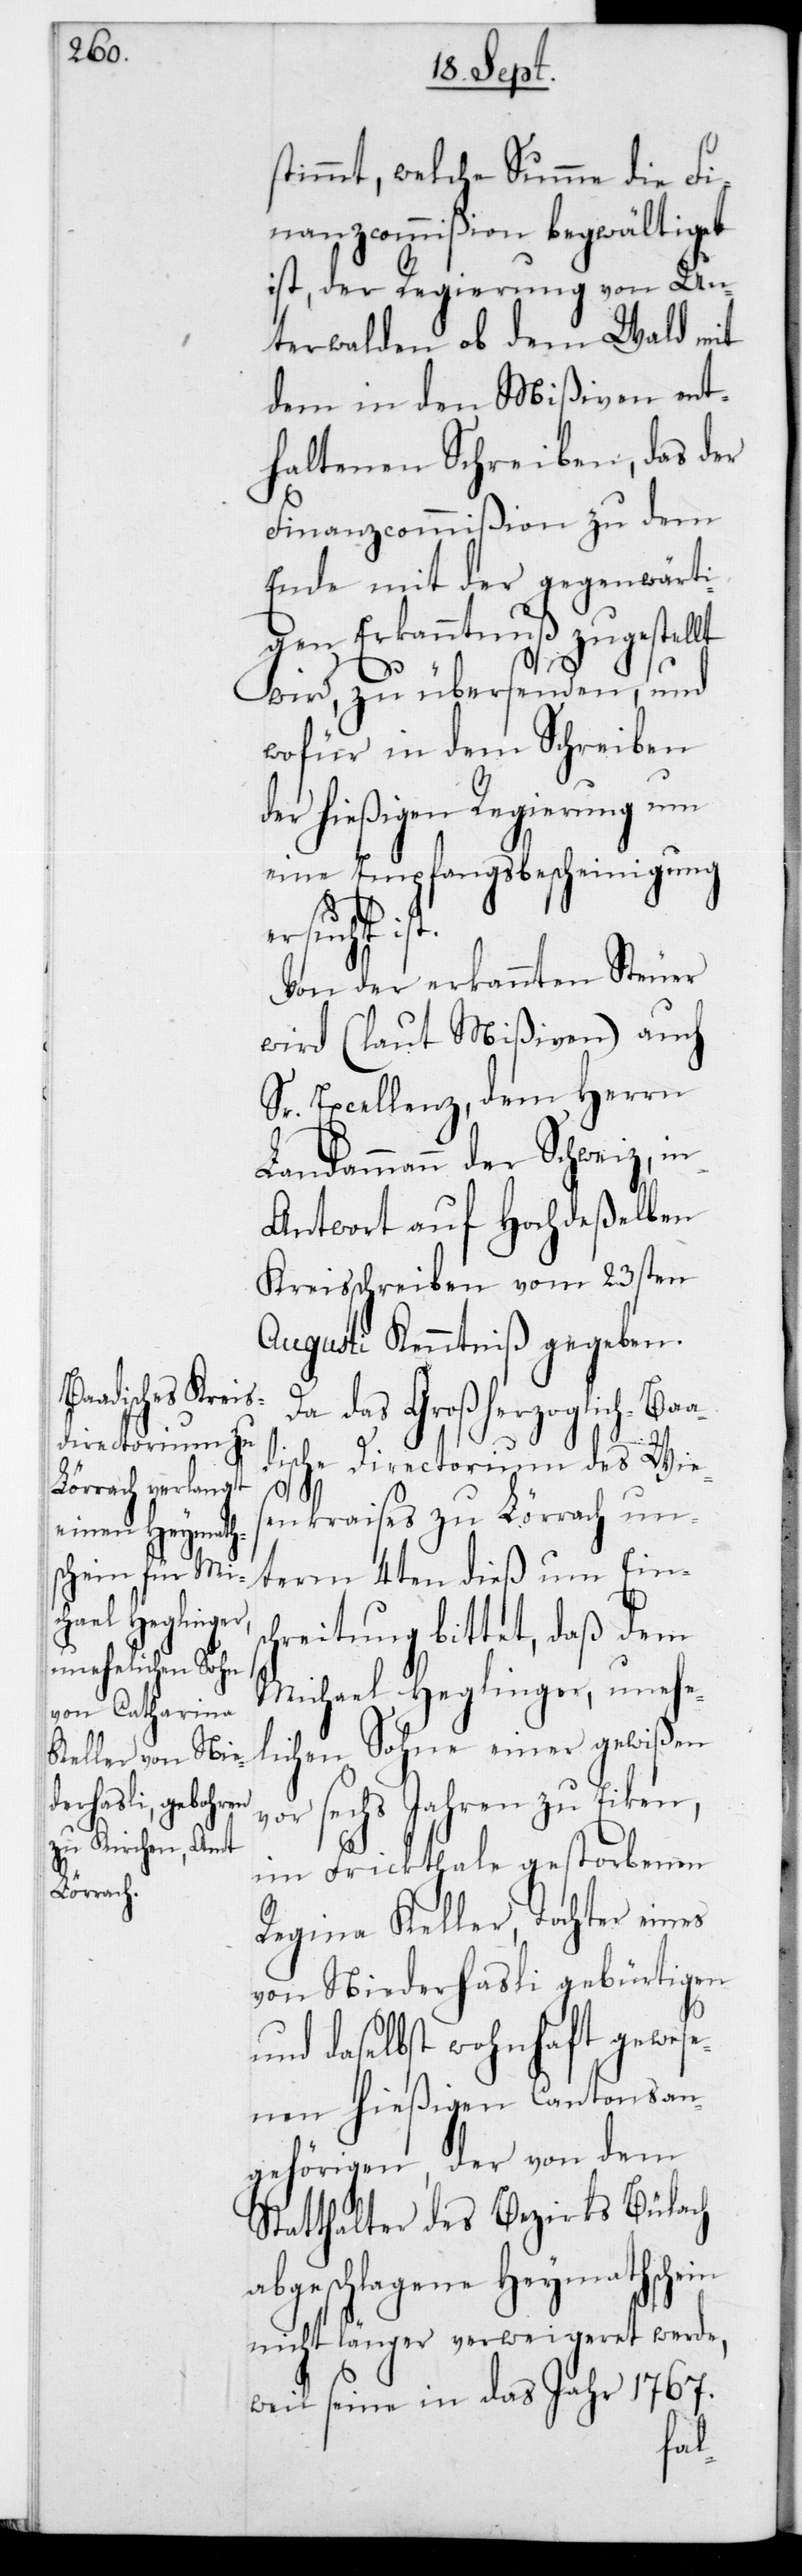
stimmt, welche Summe die Fi¬
nanzcommißion begwältiget
ist, der Regierung von Un¬
terwalden ob dem Wald mit
dem in den Mißiven ent¬
haltenen Schreiben, das der
Finanzcommißion zu dem
Ende mit der gegenwärti¬
gen Erkanntnuß zugestel¬
wird, zu übersenden, und
wofür in dem Schreiben
der hießigen Regierung um
eine Empfangsbescheinigung
ersucht
Von der erkannten Steuer
wird (laut Mißiven) auch
Sr. Excellenz, dem Herrn
Landammann der Schweiz, in
Antwort auf Hochdeßelben
Kreisschreiben vom 23sten
Augusti Kenntniß gegeben.
Da das Großherzoglich-Baa¬
dische Directorium des Wie¬
senkreises zu Lörrach un¬
term 4ten dieß um Eins¬
chreitung bittet, daß dem
Michael Heglinger, unehel¬
ichen Sohne einer gewißen
vor sechs Jahren zu Eiken,
im Frickthale gestorbenen
Regina Keller, Tochter eines
von Niederhaßli gebürtigen
und daselbst wohnhaft gewese¬
nen hießigen Cantonsan¬
gehörigen, der von dem
Statthalter des Bezirks Bülach
abgeschlagene Heymathschein
nicht länger verweigeret werde,
weil seine in das Jahr 1767
lt